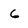
Character: 6